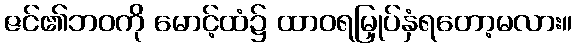
ဇင်၏ဘဝကို မောင့်ထံ၌ ထာဝရမြှုပ်နှံရတော့မလား။